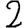
Digit: 2